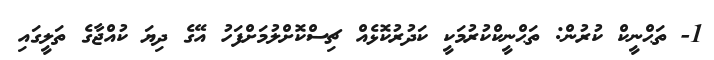
1- ތަޙްނީކް ކުރުން: ތަޙްނީކްކުރުމަކީ ކަދުރުކޮޅެއް ޗިސްކޮށްލުމަށްފަހު އޭގެ ދިޔަ ކުއްޖާގެ ތަލީގައި